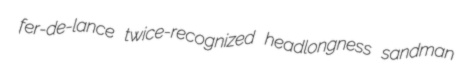
fer-de-lance twice-recognized headlongness sandman